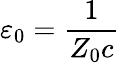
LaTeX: \varepsilon_{0}={\frac{1}{Z_{0}c}}